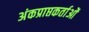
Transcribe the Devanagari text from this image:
अंकप्राप्तकर्ताओं